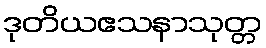
ဒုတိယဧသနာသုတ္တ